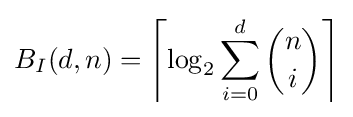
B_{I}(d,n)=\left\lceil \log _{2}\sum _{i=0}^{d}{n \choose i}\right\rceil